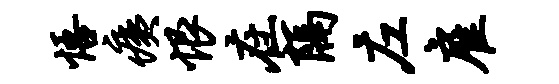
悟痍恨在隔左雇